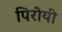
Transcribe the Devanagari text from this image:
पिरोयी